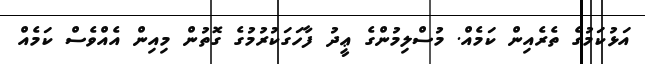
އަޅުކަމުގެ ތެރެއިން ކަމެއް. މުސްލިމުންގެ ޢީދު ފާހަގަކުރުމުގެ ގޮތުން މިއިން އެއްވެސް ކަމެއް